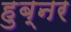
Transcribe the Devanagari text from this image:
हुब्नर